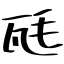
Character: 瓱